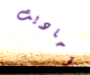
أحاديث